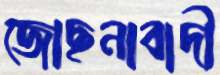
জোছনাবাদী